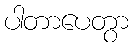
ပါတာပေတွာ